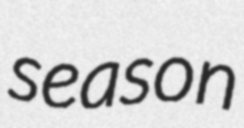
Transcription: season